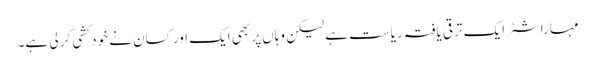
مہاراشٹر ایک ترقی یافتہ ریاست ہے لیکن وہاں پر بھی ایک اور کسان نے خود کشی کر لی ہے۔